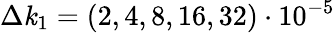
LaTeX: \Delta\mathit{k}_{1}=(2,4,8,16,32)\cdot10^{-5}